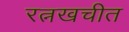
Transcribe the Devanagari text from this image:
रत्नखचीत